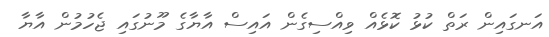
އަނގައިން ރަތް ކުޅު ކޮޅެއް ވިއްސިގެން އައިސް އާޔާގެ މޫނުގައި ޖެހުމުން އާޔާ